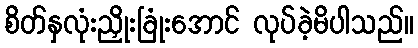
စိတ်နှလုံးညှိုးခြုံးအောင် လုပ်ခဲ့မိပါသည်။